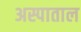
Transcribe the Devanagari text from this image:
अस्पाताल